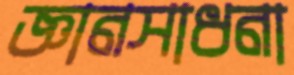
জ্ঞানসাধনা